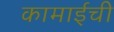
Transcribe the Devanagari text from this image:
कामाईची